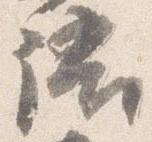
語